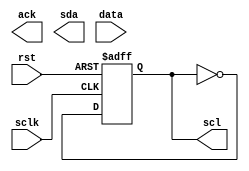
module ptosda(rst,sclk,ack,scl,sda,data);
input sclk,rst;
input [3:0] data;
output ack,scl,sda;
reg scl,link_sda,ack,sdabuf;
reg [3:0] databuf;
reg [7:0] state;
parameter ready = 8'b0000_0000,
          start = 8'b0000_0001,
          bit1 = 8'b0000_0010,
          bit2 = 8'b0000_0100,
          bit3 = 8'b0000_1000,
          bit4 = 8'b0001_0000,
          bit5 = 8'b0010_0000,
          stop = 8'b0100_0000,
          IDLE = 8'b1000_0000;
always @(posedge sclk or negedge rst) begin
    if(!rst)
        scl=1;
    else
        scl=~scl;
end

endmodule